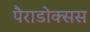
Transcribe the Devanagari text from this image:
पैराडोक्सस